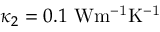
\kappa _ { 2 } = 0 . 1 ~ \mathrm { { W m ^ { - 1 } K ^ { - 1 } } }